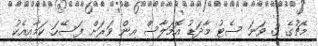
މެޗުގެ 3 ވަނަ ސެޓު މާދަޑު އޮމަލާސް އިން ވަރަށް ފަސޭހަ ކަމާއިއެކު